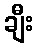
ချီး